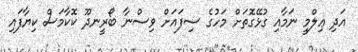
އަދި ޢިލްމީ ނަމާއި ގުޅޭގޮތަށް މަހުގެ ސިފައަށް ވިސްނާ ބޯރީނދޫ ކޮކާމަސް ކިޔާފައި